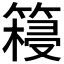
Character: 𮅺